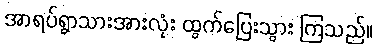
အာရပ်ရွာသားအားလုံး ထွက်ပြေးသွား ကြသည်။